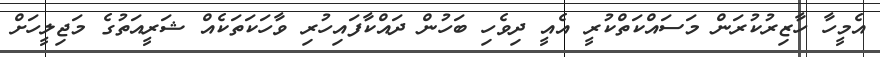
އެމީހާ ހާޒިރުކުރަން މަސައްކަތްކުރީ އެއީ ދިވެހި ބަހުން ދައްކާފައިހުރި ވާހަކަތަކެއް ޝަރީއަތުގެ މަޖިލީހަށް